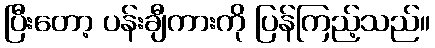
ပြီးတော့ ပန်းချီကားကို ပြန်ကြည့်သည်။